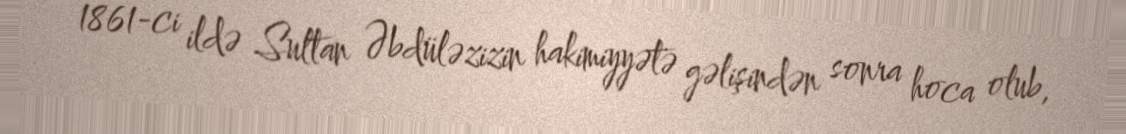
1861-ci ildə Sultan Əbdüləzizin hakimiyyətə gəlişindən sonra hoca olub,